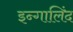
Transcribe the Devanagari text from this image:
इन्गालिंद